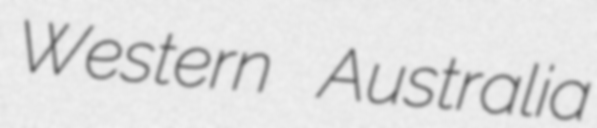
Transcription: Western Australia